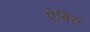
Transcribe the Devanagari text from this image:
ऐबिस